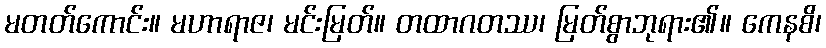
မတတ်ကောင်း။ မဟာရာဇ၊ မင်းမြတ်။ တထာဂတဿ၊ မြတ်စွာဘုရား၏။ ကေနစိ၊